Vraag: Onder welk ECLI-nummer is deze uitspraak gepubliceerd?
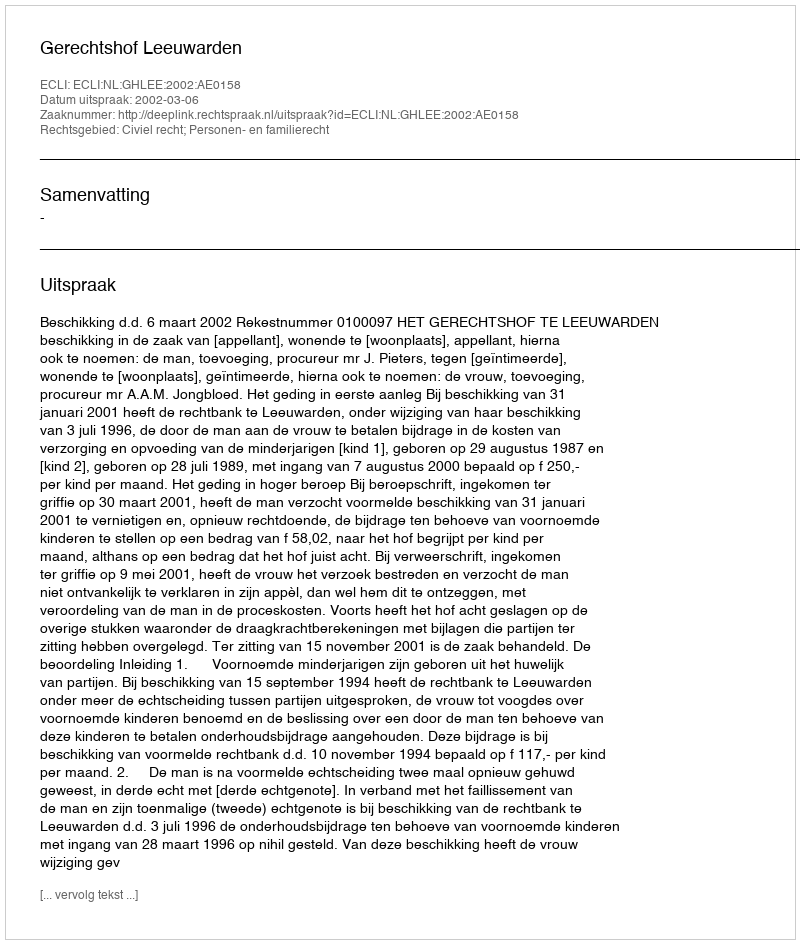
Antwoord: ECLI:NL:GHLEE:2002:AE0158